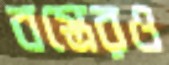
বস্ত্রেরও